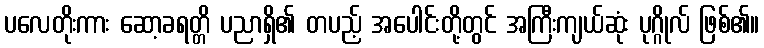
ပလေတိုးကား ဆော့ခရတ္တိ ပညာရှိ၏ တပည့် အပေါင်းတို့တွင် အကြီးကျယ်ဆုံး ပုဂ္ဂိုလ် ဖြစ်၏။